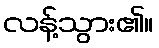
လန့်သွား၏။